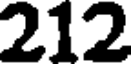
212